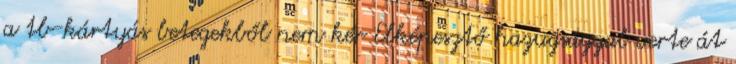
a tb-kártyás betegekből nem kér Elképesztő hazugsággal verte át